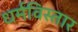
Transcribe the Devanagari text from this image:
धर्मविस्तार